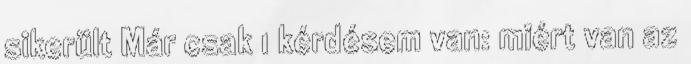
sikerült Már csak 1 kérdésem van: miért van az